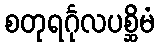
စတုရင်္ဂုလပစ္ဆိမံ